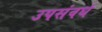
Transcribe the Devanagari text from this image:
उपसंवर्ध